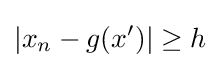
|x_{n}-g(x')|\geq h